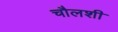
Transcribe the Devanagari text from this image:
चौलशी